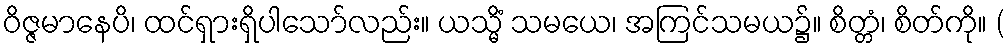
ဝိဇ္ဇမာနေပိ၊ ထင်ရှားရှိပါသော်လည်း။ ယသ္မိံ သမယေ၊ အကြင်သမယ၌။ စိတ္တံ၊ စိတ်ကို။ (